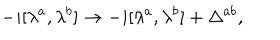
- i [ \lambda ^ { a } , \lambda ^ { b } ] \rightarrow - i [ \lambda ^ { a } , \lambda ^ { b } ] + \Delta ^ { a b } ,